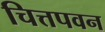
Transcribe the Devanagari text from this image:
चित्तपवन